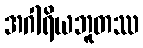
အဂါရိယဘူတဿ